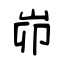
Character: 峁